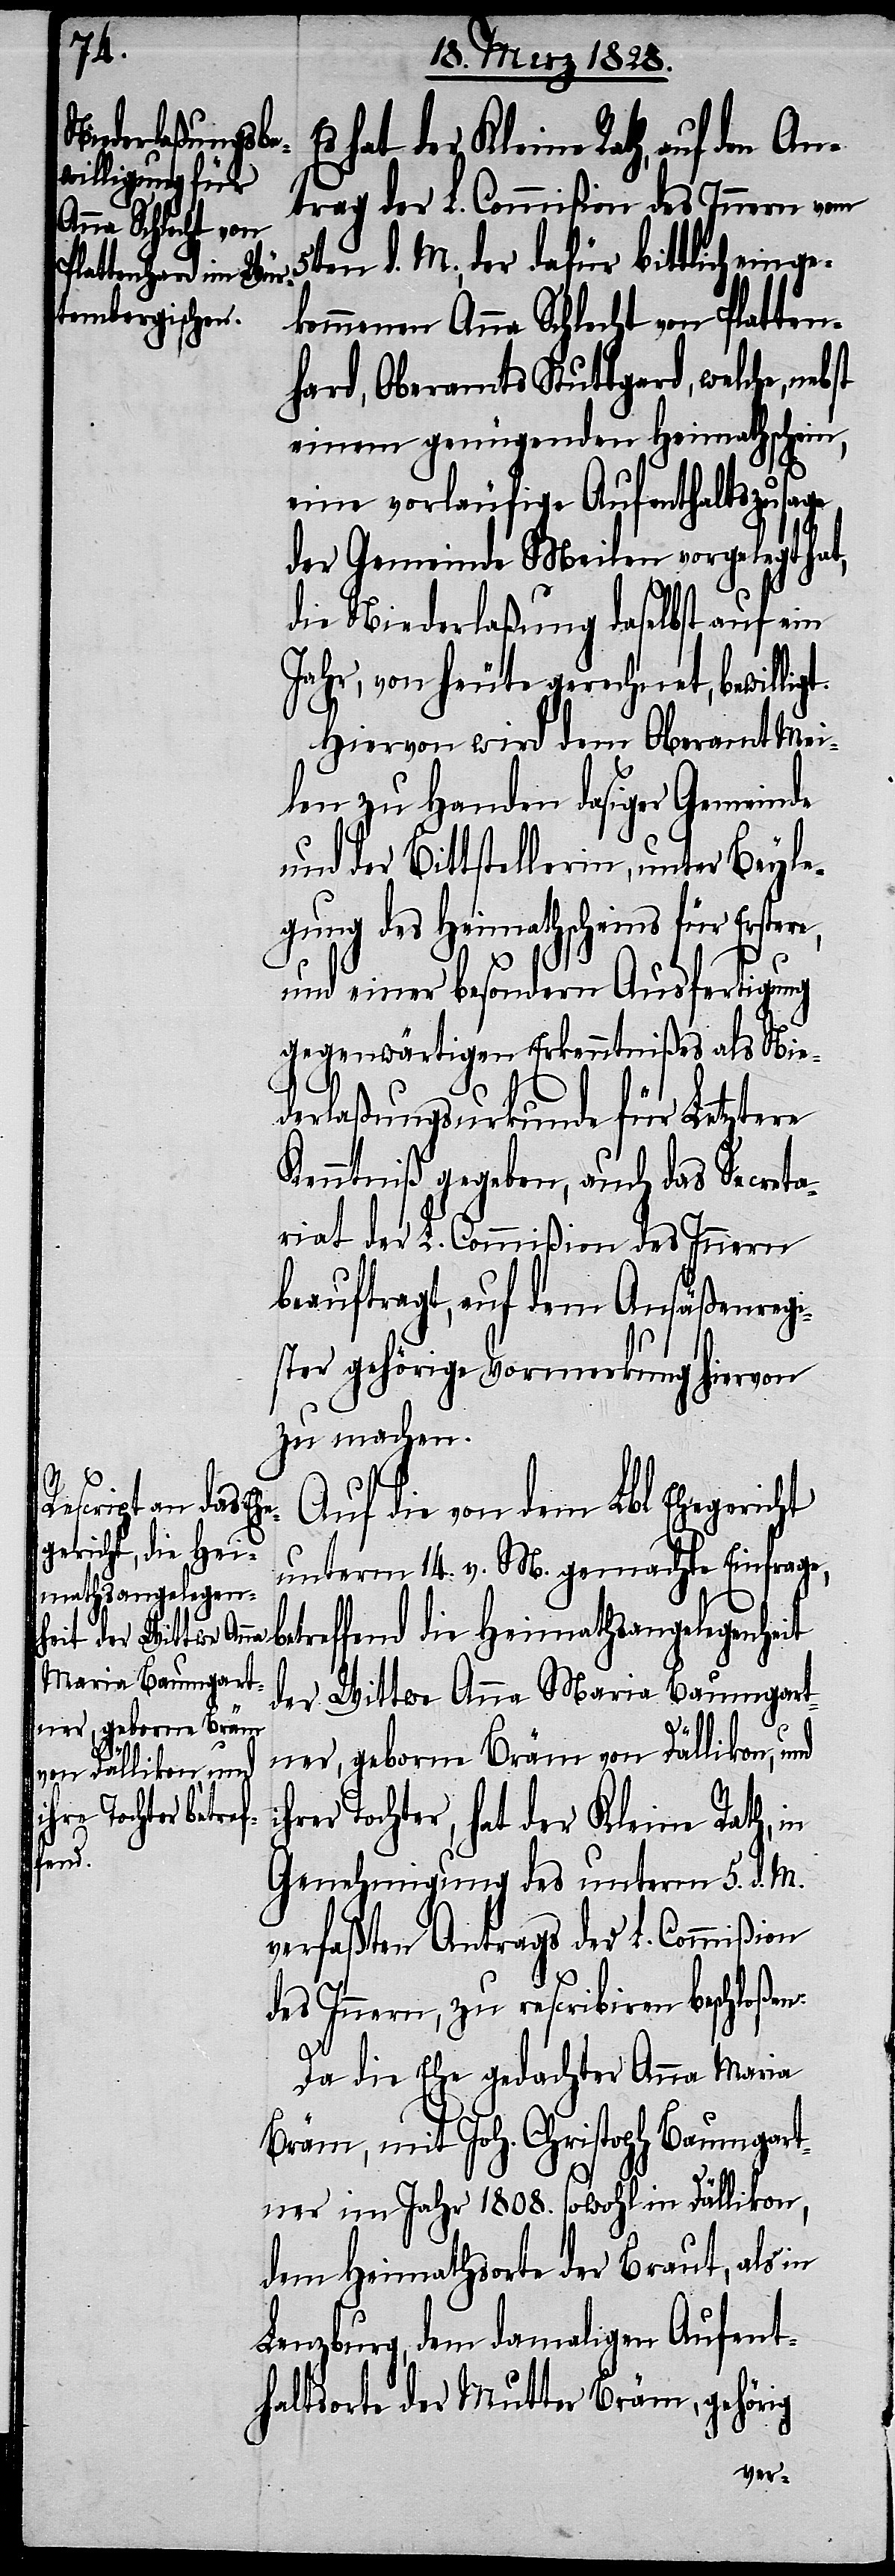
hat der Kleine Rath, auf d¬
trag der L. Commißion des Innern vom
5ten d. M., der dafür bittlich einge¬
kommenen Anna Schlecht von Platten¬
hard, Oberamts Stuttgard, welche, neb¬
einem genügenden Heimathschein,
eine vorläufige Aufenthaltszusage
der Gemeinde Meilen vorgelegt hat,
ericht
die Niederlaßung daselbst auf ein
Jahr, von heute gerechnet, bewillig¬
Hiervon wird dem Oberamt Mei¬
len zu Handen dasiger Gemeinde
und der Bittstellerin, unter Beyle¬
gung des Heimathscheins für Erstere,
und einer besondern Ausfertigung
gegenwärtigen Erkenntnißes als Nie¬
derlaßungsurkunde für Letztere
Kenntniß gegeben, auch das Secreta¬
riat der L. Commißion des Innern
beauftragt, auf dem Ansäßenregi¬
ster gehörige Vormerkung hiervon
zu machen.
Auf die von dem Lbl. Eheg¬
unterm 14. v. M. gemachte Einfrage,
betreffend die Heimathsangelegenheit
der Wittwe Anna Maria Baumgart¬
ner, geborne Bräm
von Dällikon, und
rer Tochter, hat der Kleine Rath, in
Genehmigung des unterm 5. d. M.
verfaßten Antrags der L. Commißion
des Innern, zu rescribiren beschloßen:
ih¬
Da die Ehe gedachter Anna Maria
Bräm, mit Joh. Christoph Baumgart¬
ner im Jahr 1808. sowohl in Dällikon,
dem Heimathsorte der Braut, als in
Lenzburg, dem damaligen Aufent¬
haltsorte der Mutter Bräm, gehörig